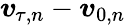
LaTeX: \boldsymbol{v}_{\! \; \! \tau,n}-\boldsymbol{v}_{0,n}